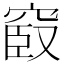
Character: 𥦞